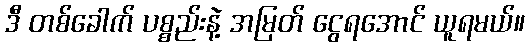
ဒီ တစ်ခေါက် ပစ္စည်းနဲ့ အမြတ် ငွေရအောင် ယူရမယ်။